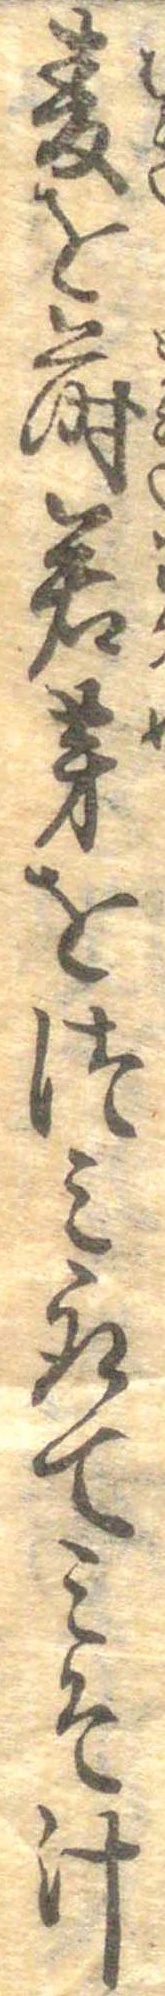
麦を蒔若芽をつみ取てみそ汁